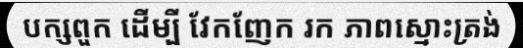
បក្សពួក ដើម្បី វែកញែក រក ភាពស្មោះត្រង់